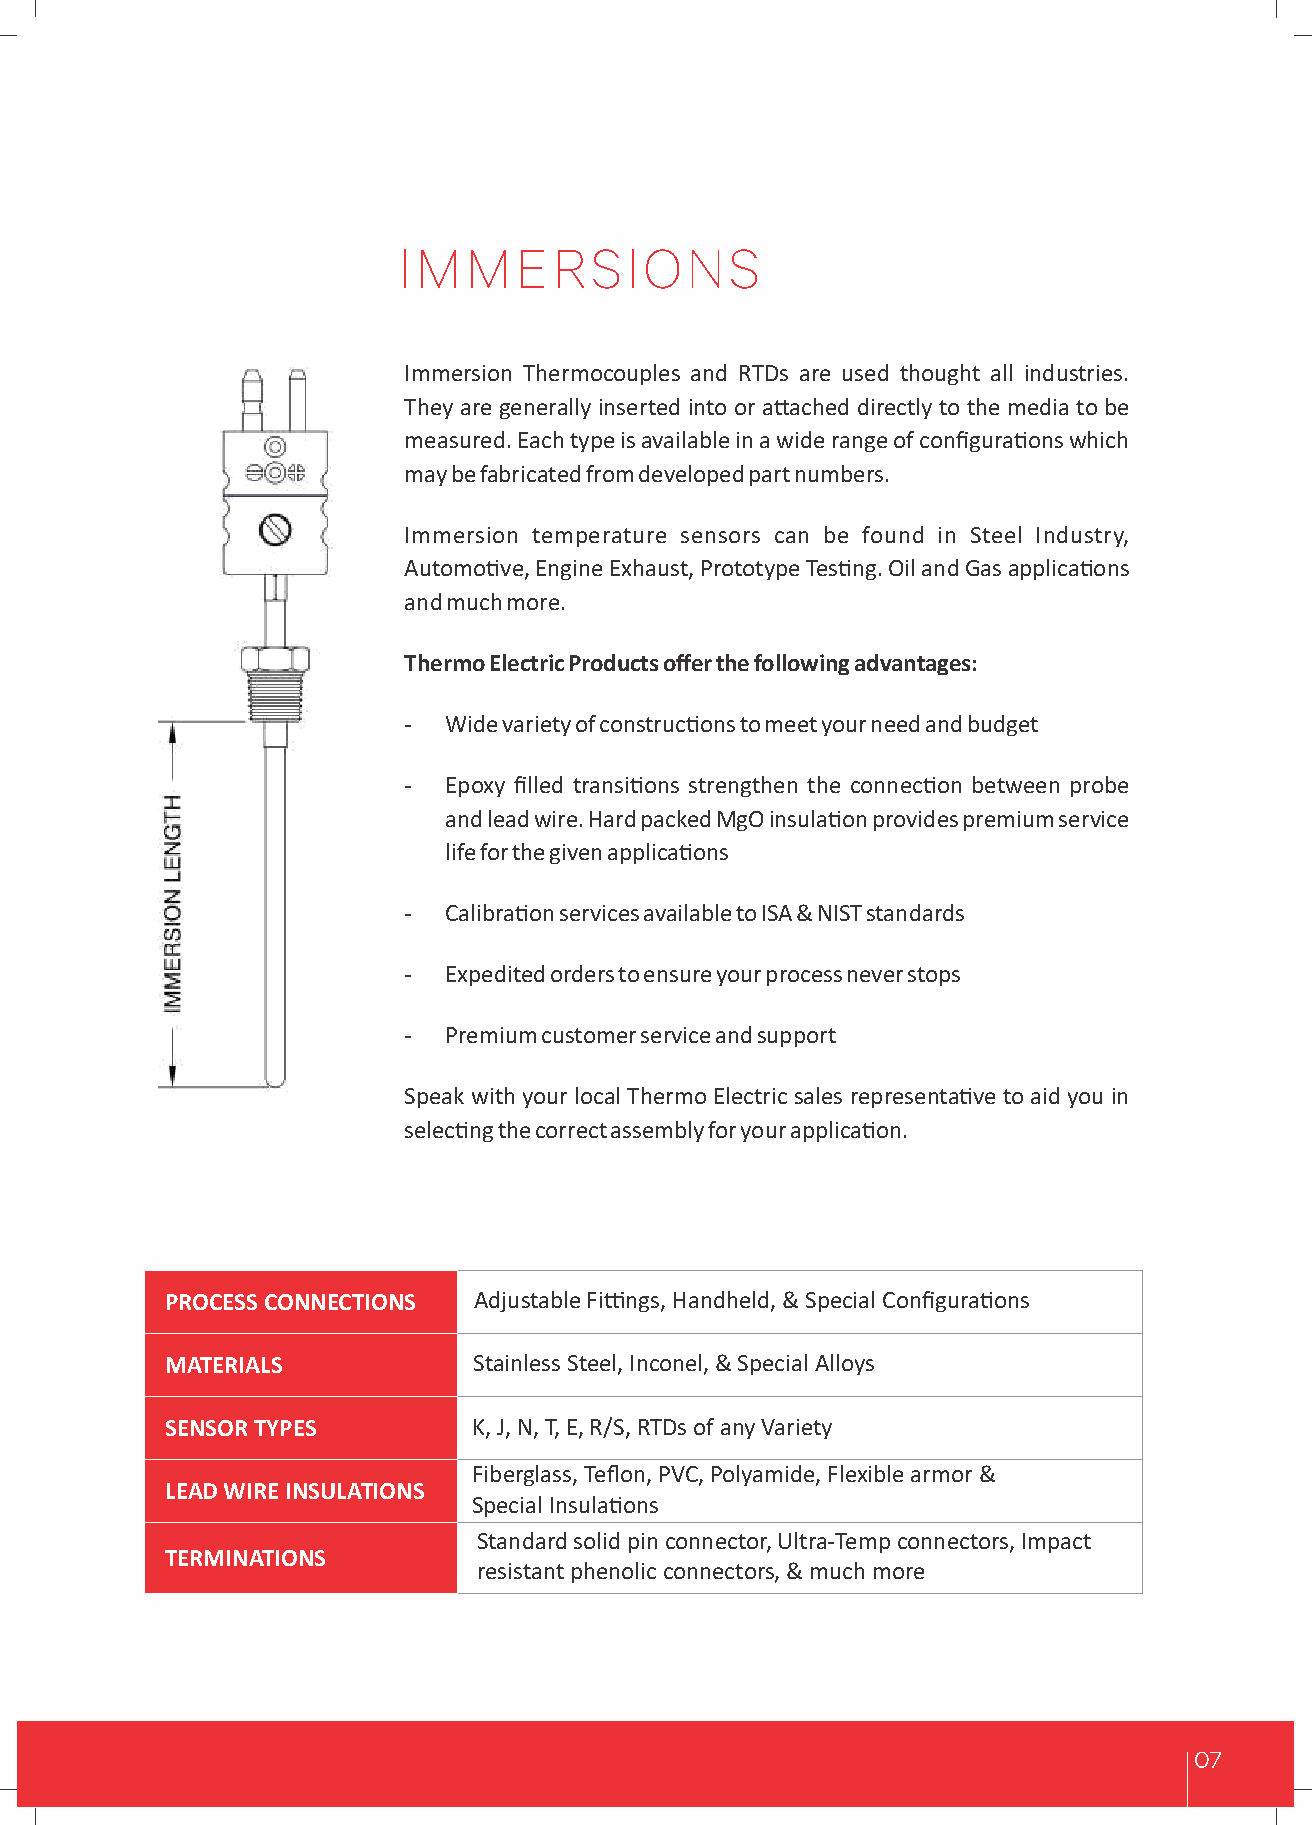
IMMERSIONS
 Immersion Thermocouples and RTDs are used thought all industries.
 They are generally inserted into or aached directly to the media to be
 measured. Each type is available in a wide range of configuraons which
 may be fabricated from developed part numbers.
 Immersion temperature sensors can be found in Steel Industry,
 Automove, Engine Exhaust, Prototype Tesng. Oil and Gas applicaons
 and much more.
 Thermo Electric Products offer the following advantages:
 - Wide variety of construcons to meet your need and budget
 - Epoxy filled transions strengthen the connecon between probe
 and lead wire. Hard packed MgO insulaon provides premium service
 life for the given applicaons
 - Calibraon services available to ISA & NIST standards
 - Expedited orders to ensure your process never stops
 - Premium customer service and support
 Speak with your local Thermo Electric sales representave to aid you in
 selecng the correct assembly for your applicaon.
 PROCESS CONNECTIONS Adjustable Fings, Handheld, & Special Configuraons
 MATERIALS           Stainless Steel, Inconel, & Special Alloys
 SENSOR TYPES        K, J, N, T, E, R/S, RTDs of any Variety
 Fiberglass, Teflon, PVC, Polyamide, Flexible armor &
 LEAD WIRE INSULATIONS
 Special Insulaons
 Standard solid pin connector, Ultra-Temp connectors, Impact
 TERMINATIONS
 resistant p henolic connectors, & much more
 07